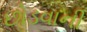
છોડવાની